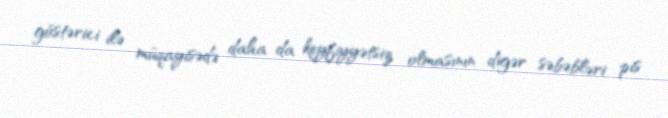
göstərici ilə müqayisədə daha da keyfiyyətsiz olmasının digər səbəbləri pis